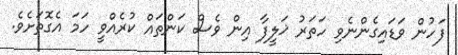
ފަހުން ވަޑައިގެންނެވި ހަތަރު ޚަލީފާ އިން ވެސް ކަންތައް ކުރެއްވީ ހަމަ އެގޮތަށެވެ.